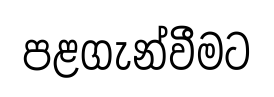
පළගැන්වීමට